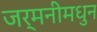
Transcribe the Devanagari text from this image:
जर्मनीमधुन